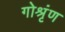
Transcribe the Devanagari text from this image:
गोश्रृंण